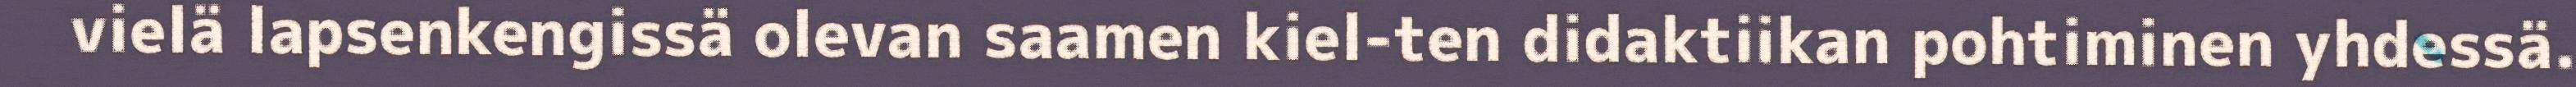
vielä lapsenkengissä olevan saamen kiel-ten didaktiikan pohtiminen yhdessä.